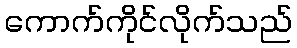
ကောက်ကိုင်လိုက်သည်